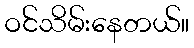
ဝင်သိမ်းနေတယ်။